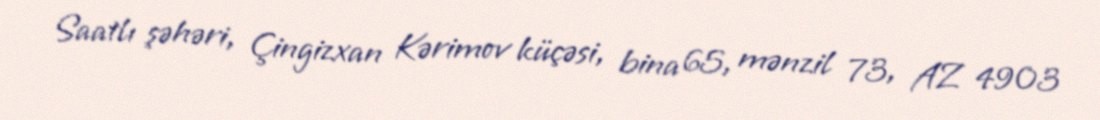
Saatlı şəhəri, Çingizxan Kərimov küçəsi, bina 65, mənzil 73, AZ 4903